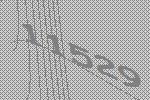
11529